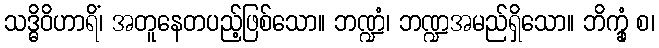
သဒ္ဓိဝိဟာရိံ၊ အတူနေတပည့်ဖြစ်သော။ ဘဏ္ဍံ၊ ဘဏ္ဍအမည်ရှိသော။ ဘိက္ခုံ စ၊